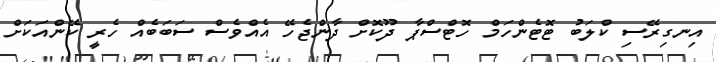
އިނގިރޭސި ކްލަބު ޓޮޓެންހަމް ހޮޓްސްޕާ ދޫކޮށް ދާންޖެހޭ އެއްވެސް ސަބަބެއް ހެރީ ކޭންއަކަށް